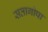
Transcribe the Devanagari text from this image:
सतागोपा